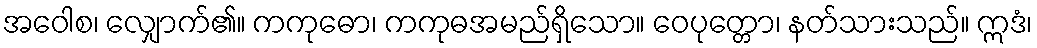
အဝေါစ၊ လျှောက်၏။ ကကုဓော၊ ကကုဓအမည်ရှိသော။ ဝေပုတ္တော၊ နတ်သားသည်။ ဣဒံ၊